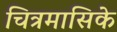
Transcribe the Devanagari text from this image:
चित्रमासिके